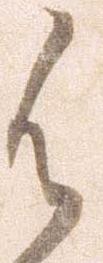
御